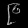
Digit: ၉